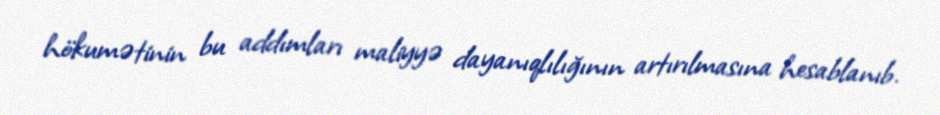
hökumətinin bu addımları maliyyə dayanıqlılığının artırılmasına hesablanıb.